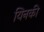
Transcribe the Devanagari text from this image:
यिनकी